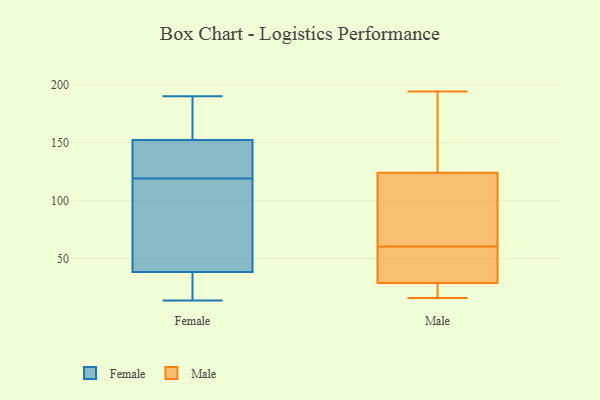
{"axis": {"x": "Waste Production (Tons)", "y": "Value"}, "legend": ["Female", "Male"], "data": [{"x": "", "y": 39, "type": "Female"}, {"x": "", "y": 15, "type": "Female"}, {"x": "", "y": 77, "type": "Female"}, {"x": "", "y": 162, "type": "Female"}, {"x": "", "y": 138, "type": "Female"}, {"x": "", "y": 124, "type": "Female"}, {"x": "", "y": 190, "type": "Female"}, {"x": "", "y": 37, "type": "Female"}, {"x": "", "y": 170, "type": "Female"}, {"x": "", "y": 103, "type": "Female"}, {"x": "", "y": 14, "type": "Female"}, {"x": "", "y": 149, "type": "Female"}, {"x": "", "y": 119, "type": "Female"}, {"x": "", "y": 45, "type": "Male"}, {"x": "", "y": 193, "type": "Male"}, {"x": "", "y": 113, "type": "Male"}, {"x": "", "y": 16, "type": "Male"}, {"x": "", "y": 16, "type": "Male"}, {"x": "", "y": 19, "type": "Male"}, {"x": "", "y": 39, "type": "Male"}, {"x": "", "y": 194, "type": "Male"}, {"x": "", "y": 41, "type": "Male"}, {"x": "", "y": 122, "type": "Male"}, {"x": "", "y": 76, "type": "Male"}, {"x": "", "y": 126, "type": "Male"}]}